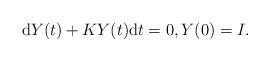
LaTeX: \begin{align*}\mathrm{d}{Y}(t)+KY(t)\mathrm{d}t=0,Y(0)=I.\end{align*}